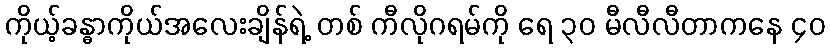
ကိုယ့်ခန္ဓာကိုယ်အလေးချိန်ရဲ့ တစ် ကီလိုဂရမ်ကို ရေ ၃၀ မီလီလီတာကနေ ၄၀